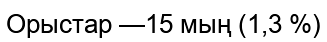
Орыстар —15 мың (1,3 %)